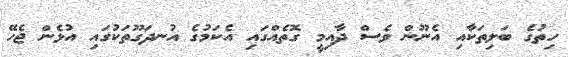
ހިތުގެ ބަލިތަކާއި އެނޫން ވެސް ދާއިމީ ގޮތެއްގައި އެކަމުގެ އުނދަގޫތަކުގައި އުޅެން ޖެހޭ